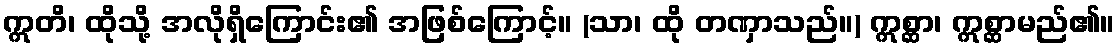
ဣတိ၊ ထိုသို့ အလိုရှိကြောင်း၏ အဖြစ်ကြောင့်။ (သာ၊ ထို တဏှာသည်။) ဣစ္ဆာ၊ ဣစ္ဆာမည်၏။